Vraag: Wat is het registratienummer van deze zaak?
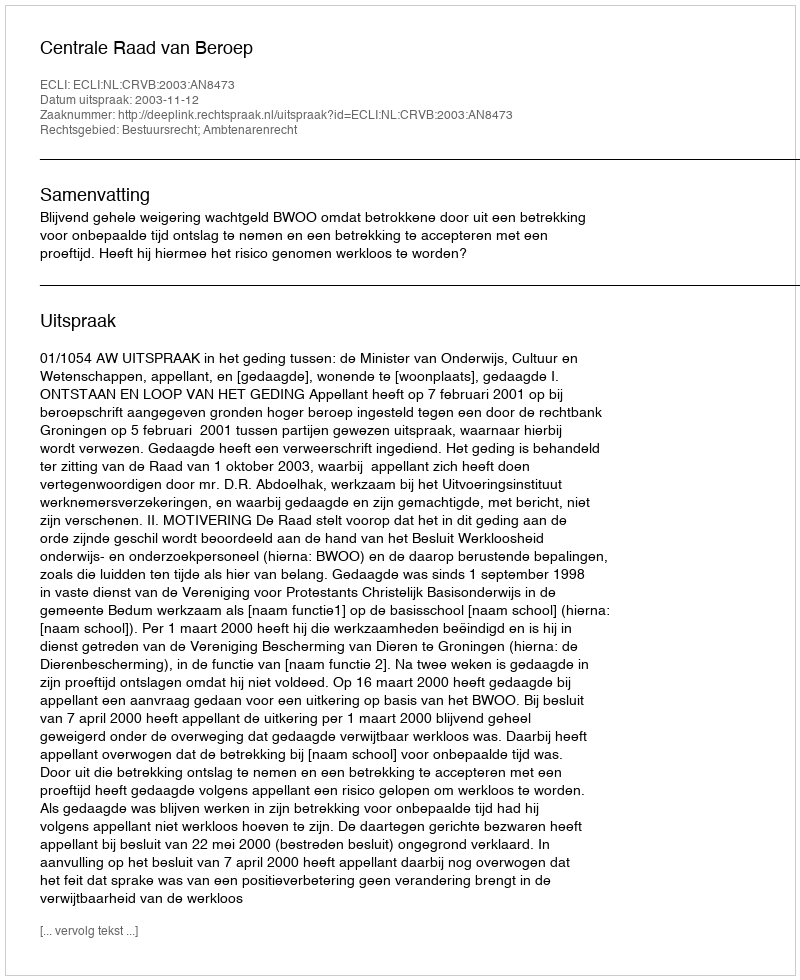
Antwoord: http://deeplink.rechtspraak.nl/uitspraak?id=ECLI:NL:CRVB:2003:AN8473